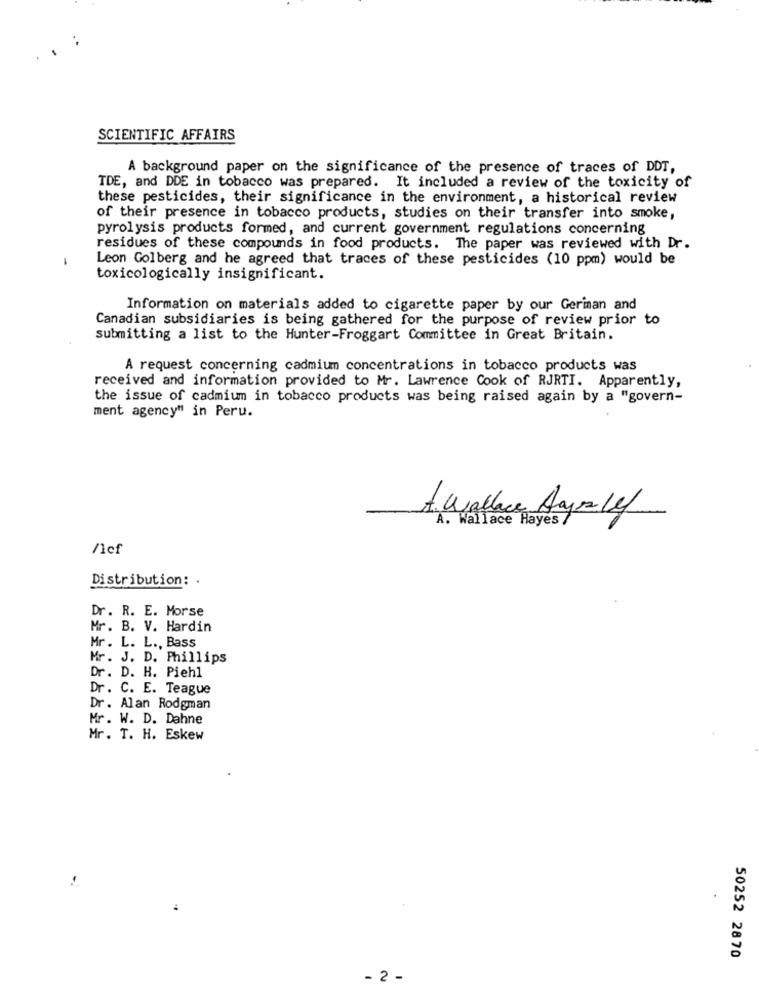
SCIENTIFIC AFFAIRS
A background paper on the significance of the presence of traces of DDT,
TDE, and DDE in tobacco was prepared. It included a review of the toxicity of
these pesticides, their significance in the environment, a historical review
of their presence in tobacco products, studies on their transfer into smoke,
pyrolysis products formed, and current government regulations concerning
residues of these compounds in food products. The paper was reviewed with Dr.
-
Leon Golberg and he agreed that traces of these pesticides (10 ppm) would be
toxicologically insignificant.
Information on materials added to cigarette paper by our Geriman and
Canadian subsidiaries is being gathered for the purpose of review prior to
submitting a list to the Hunter-Froggart Committee in Great Britain.
A request concerning cadmium concentrations in tobacco products was
received and information provided to Mr. Lawrence Cook of RJRTI. Apparently,
the issue of cadmium in tobacco products was being raised again by a "govern-
ment agency" in Peru.
A. Wallace Saysle
A. Wallace Hayes
/lef
Distribution: .
Dr. R. E. Morse
Mr. B. V. Hardin
Mr. L. L ., Bass
Mr. J. D. Phillips
Dr. D. H. Piehl
Dr. C. E. Teague
Dr. Alan Rodgman
Mr. W. D. Dahne
Mr. T. H. Eskew
50252 2870
- 2 -